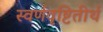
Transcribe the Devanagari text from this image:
स्वर्णवृष्टितीर्थ